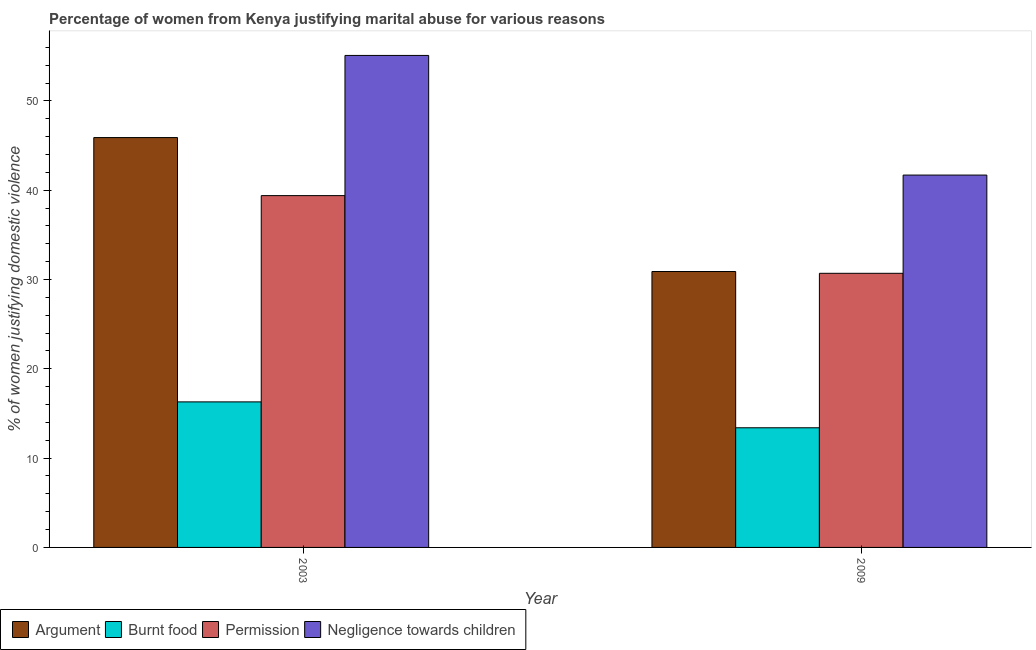
| Year | Argument | Burnt food | Permission | Negligence towards children |
 | --- | --- | --- | --- | --- |
 | 2003 | 45.9 | 16.3 | 39.4 | 55.1 |
 | 2009 | 30.9 | 13.4 | 30.7 | 41.7 |